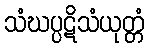
သံဃပ္ပဋိသံယုတ္တံ